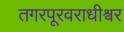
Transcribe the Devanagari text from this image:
तगरपूरवराधीश्वर